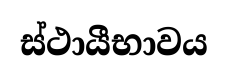
ස්ථායීභාවය